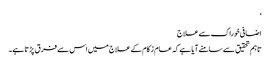
‘
اضافی خوراک سےعلاج
تاہم تحقیق سے سامنے آیا ہے کہ عام زکام کے علاج میں اس سے فرق پڑتا ہے۔